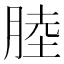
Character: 𦜣